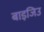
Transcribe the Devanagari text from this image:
बाइजिउ